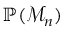
\mathbb { P } ( \mathcal { M } _ { n } )